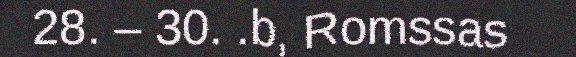
28. – 30. .b, Romssas